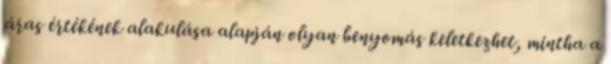
áras értékének alakulása alapján olyan benyomás keletkezhet, mintha a